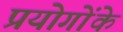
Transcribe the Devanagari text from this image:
प्रयोगोंके